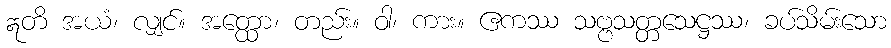
ဣတိ အယံ၊ လျှင်။ အတ္ထော၊ တည်း။ ဝါ၊ ကား။ ဧကဿ သဗ္ဗသတ္တသေဋ္ဌဿ၊ ခပ်သိမ်းသော